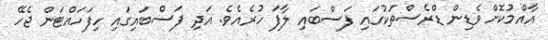
އާއްމުކޮށް ވެޑިން ޑްރެސްތަކުގައި ފަސްބައި ލާފަ ހުރެއެވެ. އަދި ފަސްބައިގައި ހިފަހައްޓަން ޖެހޭ